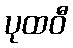
ပုထဝီ